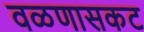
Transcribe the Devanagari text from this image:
वळणासकट